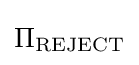
\Pi _{\text{REJECT}}